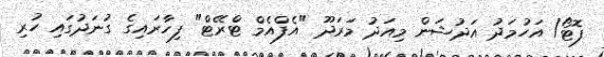
ފޮޓޯ/ އަހުމަދު އަދުޝަން މިއަދު މަރަދޫ "އެފްއެމް ޓްރޭޓް" ފިހާރައިގެ ގުނަދުގައި ހުރި